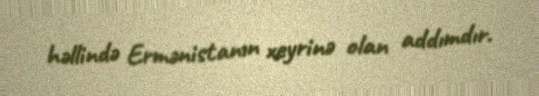
həllində Ermənistanın xeyrinə olan addımdır.